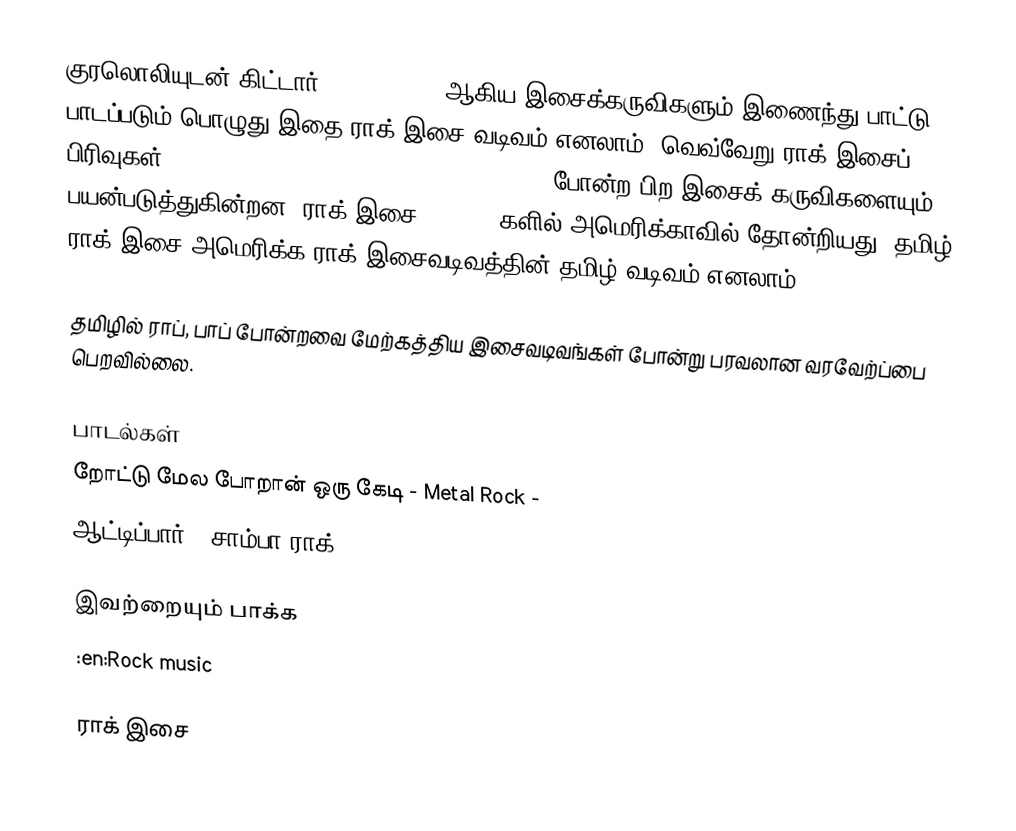
குரலொலியுடன் கிட்டார், drums, bass ஆகிய இசைக்கருவிகளும் இணைந்து பாட்டு பாடப்படும் பொழுது இதை ராக் இசை வடிவம் எனலாம். வெவ்வேறு ராக் இசைப் பிரிவுகள்  organ, piano, mellotron, and synthesizers போன்ற பிற இசைக் கருவிகளையும் பயன்படுத்துகின்றன.  ராக் இசை 1940-50 களில் அமெரிக்காவில் தோன்றியது.  தமிழ் ராக் இசை அமெரிக்க ராக் இசைவடிவத்தின் தமிழ் வடிவம் எனலாம்.

தமிழில் ராப், பாப் போன்றவை மேற்கத்திய இசைவடிவங்கள் போன்று பரவலான வரவேற்ப்பை பெறவில்லை.

பாடல்கள்
 றோட்டு மேல போறான் ஒரு கேடி - Metal Rock -
 ஆட்டிப்பார் - சாம்பா ராக் - darkkey -

இவற்றையும் பாக்க
 :en:Rock music

ராக் இசை